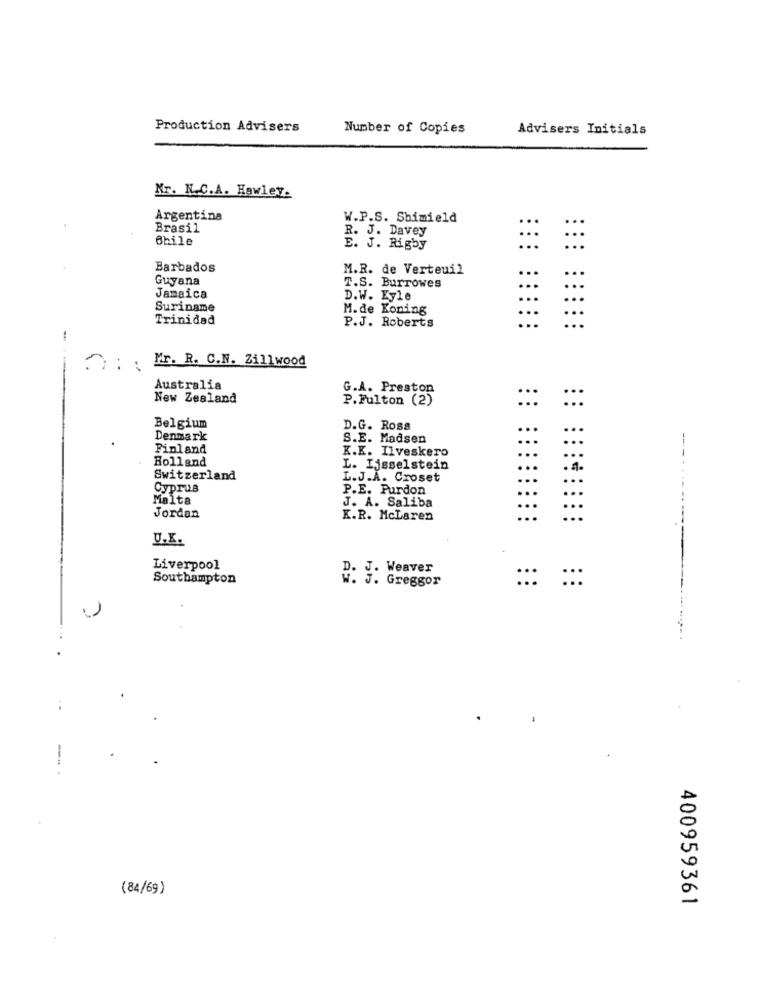
Production Advisers
Number of Copies
Advisers Initials
Kr. N.C.A. Hawley.
Argentina
W.P.S. Shimield
Brasil
R. J. Davey
Bhile
E. J. Rigby
Barbados
M.R. de Verteuil
...
...
Guyana
T.S. Barrowes
...
...
Jamaica
D.W. Kyle
Suriname
M. de Koning
Trinidad
P.J. Roberts
-
Mr. R. C.N. Zillwood
Australia
G.A. Preston
New Zealand
P.Fulton (2)
...
Belgium
D.G. Ross
Denmark
S.E. Madsen
Finland
K.K. Ilveskero
...
Holland
L. Ijsselstein
Switzerland
L.J.A. Croset
Cyprus
P.E. Purdon
Malta
J. A. Saliba
...
...
Jordan
K.R. McLaren
...
U.K.
Liverpool
J. Weaver
Southampton
:::
:::
W. J. Greggor
---
(84/69)
400959361